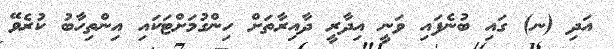
އަދި (ނ) ގައި ބުނެފައި ވަނީ އިދާރީ ދާއިރާތަށް ހިންގުމަށްޓަކައި އިންތިހާބު ކުރެވޭ